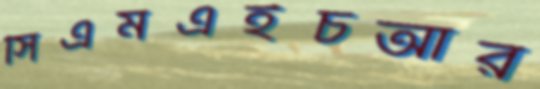
সিএমএইচআর